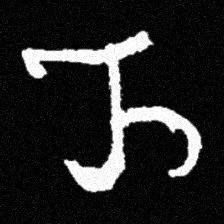
Pyu character \u2014 Myanmar letter: ည (romanized: nya)